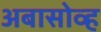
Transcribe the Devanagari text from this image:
अबासोव्ह